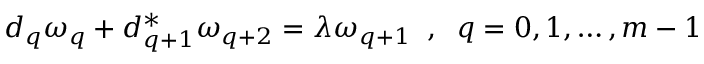
d _ { q } \omega _ { q } + d _ { q + 1 } ^ { * } \omega _ { q + 2 } = \lambda \omega _ { q + 1 } \; \; , \; \; q = 0 , 1 , \dots , m - 1